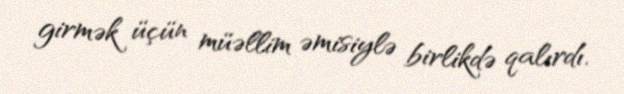
girmək üçün müəllim əmisiylə birlikdə qalırdı.